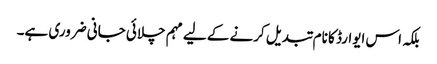
بلکہ اس ایوارڈ کا نام تبدیل کرنے کے لیے مہم چلائی جانی ضروری ہے۔